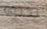
يجدوه